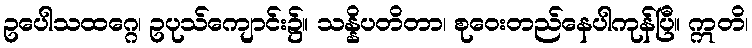
ဥပေါသထဂ္ဂေ၊ ဥပုသ်ကျောင်း၌။ သန္နိပတိတာ၊ စုဝေးတည်နေပါကုန်ပြီ။ ဣတိ၊